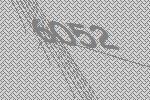
6052